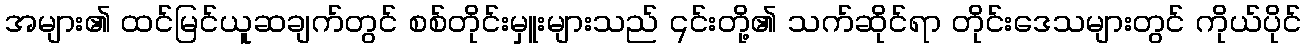
အများ၏ ထင်မြင်ယူဆချက်တွင် စစ်တိုင်းမှူးများသည် ၎င်းတို့၏ သက်ဆိုင်ရာ တိုင်းဒေသများတွင် ကိုယ်ပိုင်